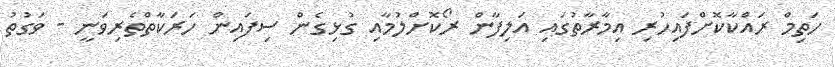
ހަތިމް ރައްކާކޮށްފައިހުރި އިމާރާތުގައި އަލިފާން ރޯކޮށްލުމާއި ގުޅިގެން ސިފައިން ހަރަކާތްތެރިވަނީ - ވަގުތު